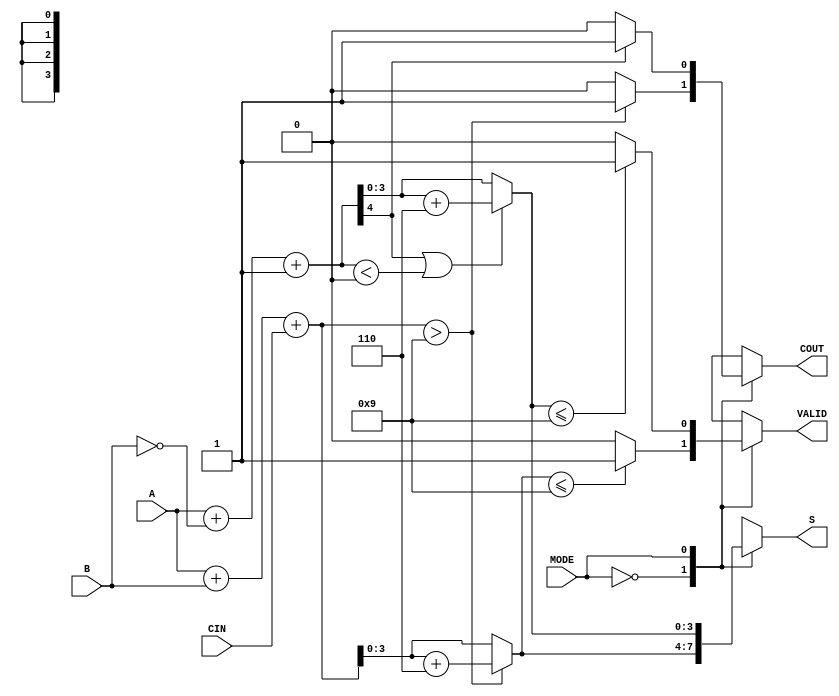
module BCD_Add_Sub (
    input [3:0] A,         // First BCD Digit
    input [3:0] B,         // Second BCD Digit
    input MODE,            // Operation Mode (0 = Add, 1 = Subtract)
    input CIN,             // Carry-in for addition
    output reg [3:0] S,    // Resulting BCD Digit
    output reg COUT,       // Carry-out for addition
    output reg VALID       // Validity signal
);

// Internal signals
wire [4:0] sum;          // 5 bits to hold sum (A + B + CIN)
wire [4:0] sub;          // 5 bits for subtraction
wire [4:0] corrected_sum; // Corrected sum for BCD addition
wire [4:0] corrected_sub; // Corrected result for BCD subtraction

// Binary addition
assign sum = {1'b0, A} + {1'b0, B} + CIN;

// Binary subtraction (A - B => A + (~B + 1))
assign sub = {1'b0, A} + {1'b0, ~B} + 1'b1;

// Check and correct for BCD addition
assign corrected_sum = (sum > 9) ? (sum + 6) : sum;
assign corrected_sub = (sub[4] || (sub < 4'b0000)) ? (sub + 6) : sub;

// Main always block for operation
always @* begin
    COUT = 0;       // Default COUT
    VALID = 1;     // Default VALID
    case (MODE)
        1'b0: begin  // Addition
            S = (sum > 9) ? corrected_sum[3:0] : sum[3:0];
            COUT = (sum > 9) ? 1 : 0;
            VALID = (S <= 9) ? 1 : 0; // A valid BCD digit
        end
        1'b1: begin  // Subtraction
            S = (sub[4] || (sub < 4'b0000)) ? corrected_sub[3:0] : sub[3:0];
            COUT = (sub[4]) ? 1 : 0;  // Set COUT if there is a borrow
            VALID = (S <= 9) ? 1 : 0; // A valid BCD digit
        end
        default: begin
            S = 4'b0000;
            VALID = 0; // Invalid on unrecognized mode
        end
    endcase
end

endmodule